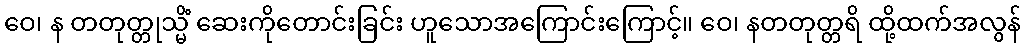
ဝေ၊ န တတုတ္တုသ္မိံ ဆေးကိုတောင်းခြင်း ဟူသောအကြောင်းကြောင့်။ ဝေ၊ နတတုတ္တရိ ထို့ထက်အလွန်